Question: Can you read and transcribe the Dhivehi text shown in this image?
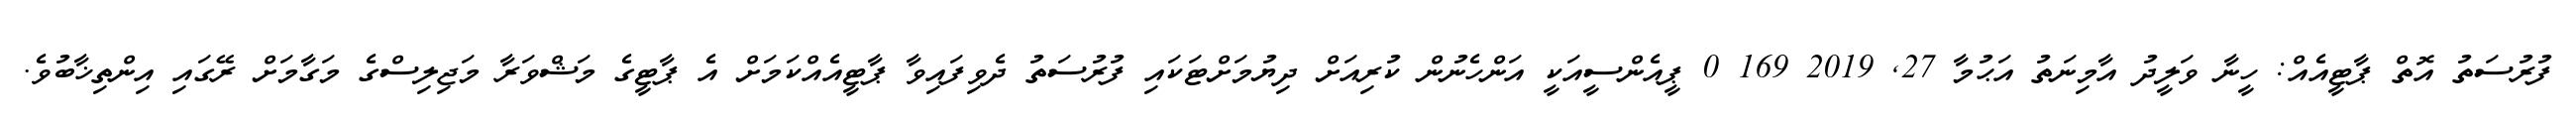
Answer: ފުރުސަތު އޮތް ޕާޓީއެއް: ހީނާ ވަލީދު އާމިނަތު އަޙުމާ 27, 2019 169 0 ޕީއެންސީއަކީ އަންހެނުން ކުރިއަށް ދިޔުމަށްޓަކައި ފުރުސަތު ދެވިފައިވާ ޕާޓީއެއްކަމަށް އެ ޕާޓީގެ މަޝްވަރާ މަޖިލިސްގެ މަގާމަށް ރޭގައި އިންތިޚާބުވެ.